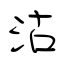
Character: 沽